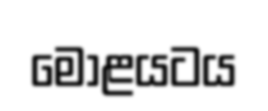
මොළයටය